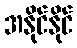
အနိုင်နိုင်